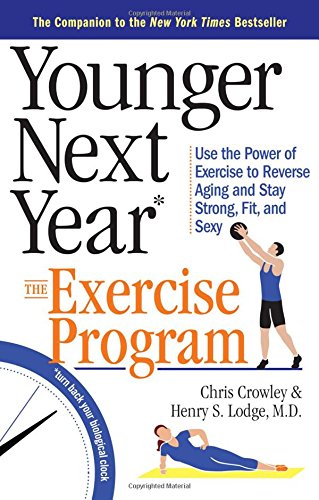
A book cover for Younger Next Year: The Exercise Program: Use the Power of Exercise to Reverse Aging and Stay Strong, Fit, and Sexy; Chris Crowley; Health, Fitness & Dieting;